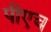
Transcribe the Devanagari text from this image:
पीएच